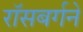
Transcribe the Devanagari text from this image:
रॉसबर्गने